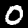
Digit: 0